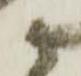
尉